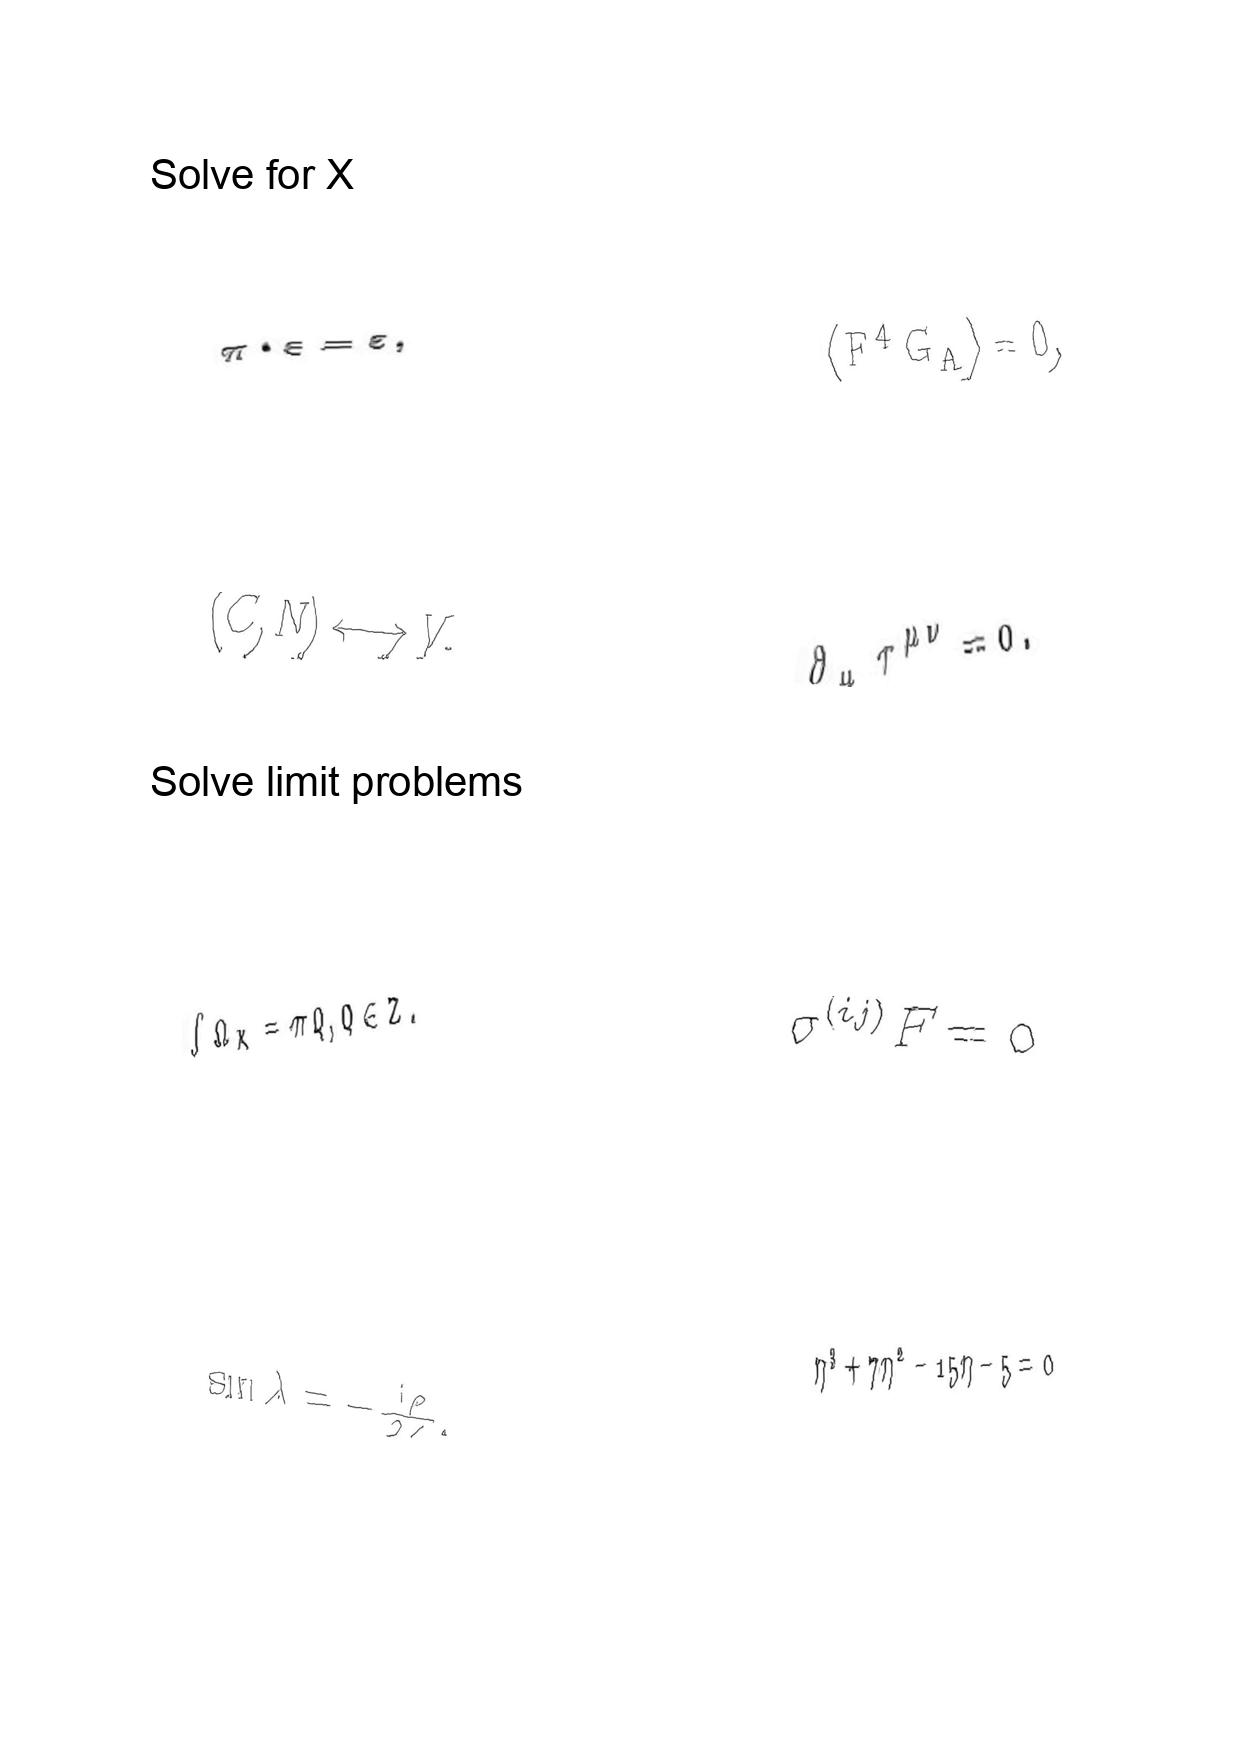
LaTeX transcription:
\pi \cdot \varepsilon = \varepsilon ,
\lparen C , N \rparen \longleftrightarrow V .
\int \Omega _ { K } = \pi Q , Q \in Z .
\sin \lambda = - \frac { i \rho } { 2 \zeta } ,
\langle F ^ { 4 } G _ { A } \rangle = 0 ,
\partial _ { \mu } \tau ^ { \mu \nu } = 0 .
\sigma ^ { \lparen i j \rparen } F = 0
\eta ^ { 3 } + 7 \eta ^ { 2 } - 1 5 \eta - 5 = 0